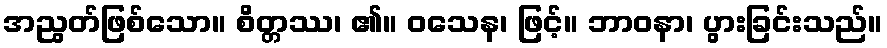
အညွတ်ဖြစ်သော။ စိတ္တဿ၊ ၏။ ဝသေန၊ ဖြင့်။ ဘာဝနာ၊ ပွားခြင်းသည်။